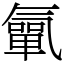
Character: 㲷